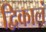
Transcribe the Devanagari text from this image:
द्विकालं